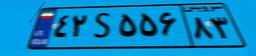
۴۲S۵۵۶۸۳